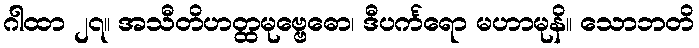
ဂါထာ ၂၇။ အသီတိဟတ္ထမုဗ္ဗေဓော၊ ဒီပင်္ကရော မဟာမုနိ။ သောဘတိ